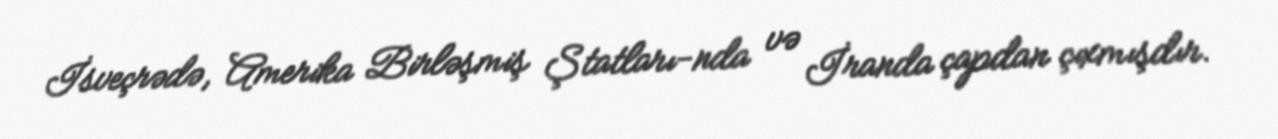
İsveçrədə, Amerika Birləşmiş Ştatları-nda və İranda çapdan çıxmışdır.